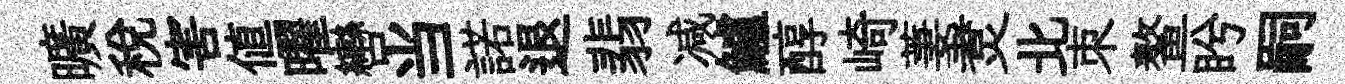
曠税害値曜轡当諾退翡减鱸醇崎萋煑北朿鳌盻嗣